Sanitation, dispensaries and jails vaccination Rajputana 1922-1927 - 1922-1927
Year: 1922
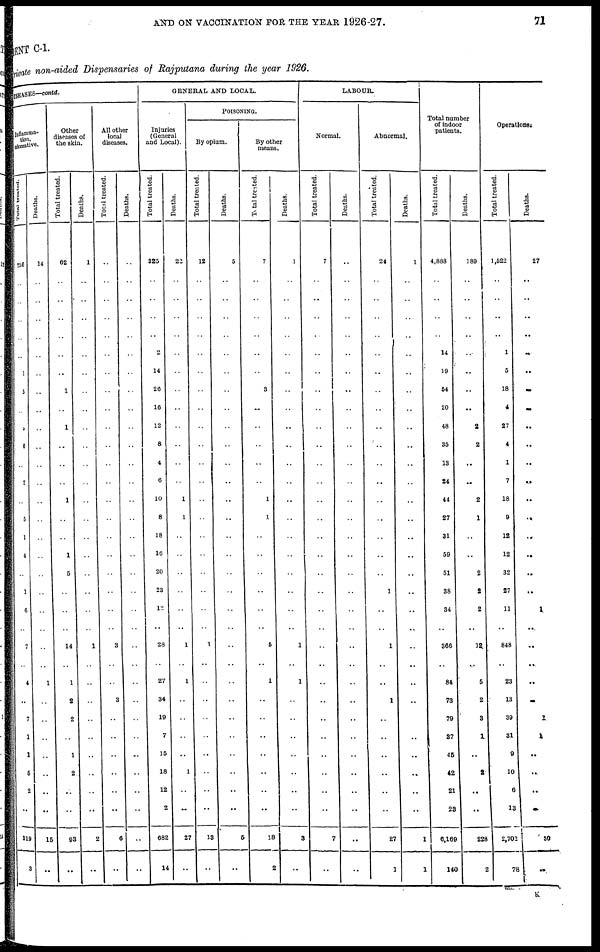
AND ON VACCINATION FOR THE YEAR 1926-27.
71
MENT C-I.
Private non-aided Dispensaries of Rajputana during the year 1926.
DISEASES—contd.
Inflamma-
tion,
ulcerative.
Total treated.
256
..
..
..
..
..
1
5
..
5
6
..
2
..
5
1
4
..
1
6
..
7
..
4
..
7
1
1
5
2
..
319
3
Deaths.
14
..
..
..
..
..
..
..
..
..
..
..
..
..
..
..
..
..
..
..
..
..
..
1
..
..
..
..
..
..
..
15
..
Other
diseases of
the skin.
Total treated.
62
..
..
..
..
..
..
1
..
1
..
..
..
1
..
..
1
5
..
..
..
14
..
1
2
2
..
1
2
..
..
93
..
Deaths.
1
..
..
..
..
..
..
..
..
..
..
..
..
..
..
..
..
..
..
..
..
1
..
..
..
..
..
..
..
..
..
2
..
All other
local
diseases.
Total treated.
..
..
..
..
..
..
..
..
..
..
..
..
..
..
..
..
..
..
..
..
..
3
..
..
3
..
..
..
..
..
..
6
..
Deaths.
..
..
..
..
..
..
..
..
..
..
..
..
..
..
..
..
..
..
..
..
..
..
..
..
..
..
..
..
..
..
..
..
..
GENERAL AND LOCAL.
Injuries
(General
and Local).
Total treated.
325
..
..
..
..
2
14
26
16
12
8
4
6
10
8
18
16
20
23
12
..
28
..
27
34
19
7
15
18
12
2
682
14
Deaths.
22
..
..
..
..
..
..
..
..
..
..
..
..
1
1
..
..
..
..
..
..
1
..
1
..
..
..
..
1
..
..
27
..
POISONING.
By opium.
Total treated.
12
..
..
..
..
..
..
..
..
..
..
..
..
..
..
..
..
..
..
..
..
1
..
..
..
..
..
..
..
..
..
13
..
Deaths.
5
..
..
..
..
..
..
..
..
..
..
..
..
..
..
..
..
..
..
..
..
..
..
..
..
..
..
..
..
..
..
5
..
By other
means.
Total treated.
7
..
..
..
..
..
..
3
..
..
..
..
..
1
1
..
..
..
..
..
..
5
..
1
..
..
..
..
..
..
..
18
2
Deaths.
1
..
..
..
..
..
..
..
..
..
..
..
..
..
..
..
..
..
..
..
..
1
..
1
..
..
..
..
..
..
..
3
..
LABOUR.
Normal.
Total treated.
7
..
..
..
..
..
..
..
..
..
..
..
..
..
..
..
..
..
..
..
..
..
..
..
..
..
..
..
..
..
..
7
..
Deaths.
..
..
..
..
..
..
..
..
..
..
..
..
..
..
..
..
..
..
..
..
..
..
..
..
..
..
..
..
..
..
..
..
..
Abnormal.
Total treated.
24
..
..
..
..
..
..
..
..
..
..
..
..
..
..
..
..
..
1
..
..
1
..
..
1
..
..
..
..
..
..
27
1
Deaths.
1
..
..
..
..
..
..
..
..
..
..
..
..
..
..
..
..
..
..
..
..
..
..
..
..
..
..
..
..
..
..
1
1
Total number
of indoor
patients.
Total treated.
4,888
..
..
..
..
14
19
54
20
48
35
13
24
44
27
31
59
51
38
34
..
366
..
84
73
79
37
45
42
21
23
6,169
140
Deaths.
189
..
..
..
..
..
..
..
..
2
2
..
..
2
1
..
..
2
2
2
..
12
..
5
2
3
1
..
2
..
..
228
2
Operations.
Total treated.
1,522
..
..
..
..
1
5
18
4
27
4
1
7
18
9
12
12
32
27
11
..
848
..
23
13
39
31
9
10
6
13
2,702
78
Deaths.
27
..
..
..
..
..
..
..
..
..
..
..
..
..
..
..
..
..
..
1
..
..
..
..
..
1
1
..
..
..
..
30
..
K